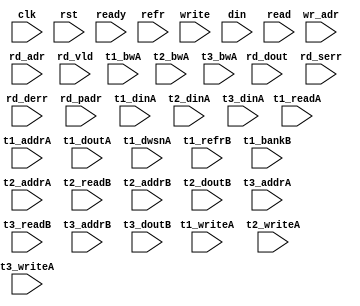
/*
 * Copyright (C) 2011 Memoir Systems Inc. These coded instructions, statements, and computer programs are
 * Confidential Proprietary Information of Memoir Systems Inc. and may not be disclosed to third parties
 * or copied in any form, in whole or in part, without the prior written consent of Memoir Systems Inc.
 * 
 * Generated File by Ipgen. Version: 3.1.UNKNOWN Date: Thu 2012.02.23 at 10:35:23 PM IST
 * */

module algo_1r1w_a23_sva_wrap
#(parameter IP_WIDTH = 32, parameter IP_BITWIDTH = 5, parameter IP_DECCBITS = 7, parameter IP_NUMADDR = 8192, parameter IP_BITADDR = 13, 
parameter IP_NUMVBNK = 4,	parameter IP_BITVBNK = 2, parameter IP_BITPBNK = 3,
parameter IP_ENAECC = 0, parameter IP_ENAPAR = 0, parameter IP_SECCBITS = 4, parameter IP_SECCDWIDTH = 3, 
parameter FLOPECC = 0, parameter FLOPIN = 0, parameter FLOPOUT = 0, parameter FLOPCMD = 0, parameter FLOPMEM = 0,
parameter IP_REFRESH = 1, parameter IP_REFFREQ = 6,  parameter IP_REFFRHF = 0,

parameter T1_WIDTH = 48, parameter T1_NUMVBNK = 4, parameter T1_BITVBNK = 2, parameter T1_DELAY = 2, parameter T1_NUMVROW = 8192, parameter T1_BITVROW = 13,
parameter T1_BITWSPF = 0, parameter T1_NUMWRDS = 2, parameter T1_BITWRDS = 1, parameter T1_NUMSROW = 4096, parameter T1_BITSROW = 12, parameter T1_PHYWDTH = 96,
parameter T1_NUMRBNK = 1, parameter T1_BITRBNK = 1, parameter T1_NUMRROW = 256, parameter T1_BITRROW = 8, parameter T1_NUMPROW = 8192, parameter T1_BITPROW = 13,
parameter T1_BITDWSN = 8, 
parameter T1_NUMDWS0 = 0, parameter T1_NUMDWS1 = 0, parameter T1_NUMDWS2 = 0, parameter T1_NUMDWS3 = 0,
parameter T1_NUMDWS4 = 0, parameter T1_NUMDWS5 = 0, parameter T1_NUMDWS6 = 0, parameter T1_NUMDWS7 = 0,
parameter T1_NUMDWS8 = 0, parameter T1_NUMDWS9 = 0, parameter T1_NUMDWS10 = 0, parameter T1_NUMDWS11 = 0,
parameter T1_NUMDWS12 = 0, parameter T1_NUMDWS13 = 0, parameter T1_NUMDWS14 = 0, parameter T1_NUMDWS15 = 0,
parameter T2_WIDTH = 10, parameter T2_NUMVBNK = 2, parameter T2_BITVBNK = 1, parameter T2_DELAY = 2, parameter T2_NUMVROW = 8192, parameter T2_BITVROW = 13,
parameter T2_BITWSPF = 0, parameter T2_NUMWRDS = 1, parameter T2_BITWRDS = 0, parameter T2_NUMSROW = 8192, parameter T2_BITSROW = 13, parameter T2_PHYWDTH = 10, 
parameter T3_WIDTH = 48, parameter T3_NUMVBNK = 1, parameter T3_BITVBNK = 1, parameter T3_DELAY = 2, parameter T3_NUMVROW = 8192, parameter T3_BITVROW = 13, 
parameter T3_BITWSPF = 0, parameter T3_NUMWRDS = 1, parameter T3_BITWRDS = 0, parameter T3_NUMSROW = 8192, parameter T3_BITSROW = 13, parameter T3_PHYWDTH = 48
)

		(clk, rst, ready, refr,
		 write, wr_adr, din,
		 read, rd_adr, rd_vld, rd_dout, rd_serr, rd_derr, rd_padr,
		 t1_readA, t1_writeA, t1_addrA, t1_bwA, t1_dinA, t1_doutA, t1_dwsnA, t1_refrB, t1_bankB,
		 t2_writeA, t2_addrA, t2_readB, t2_addrB, t2_bwA, t2_dinA, t2_doutB,
		 t3_writeA, t3_addrA, t3_readB, t3_addrB, t3_bwA, t3_dinA, t3_doutB);

  parameter WIDTH = IP_WIDTH;
  parameter BITWDTH = IP_BITWIDTH;
  parameter NUMADDR = IP_NUMADDR;
  parameter BITADDR = IP_BITADDR;
  parameter NUMVROW = T1_NUMVROW;   // ALGO Parameters
  parameter BITVROW = T1_BITVROW;
  parameter NUMVBNK = IP_NUMVBNK;
  parameter BITVBNK = IP_BITVBNK;
  parameter BITPBNK = IP_BITPBNK;
  parameter NUMWRDS = T1_NUMWRDS;   // ALIGN Parameters
  parameter BITWRDS = T1_BITWRDS;
  parameter NUMSROW = T1_NUMSROW;
  parameter BITSROW = T1_BITSROW;
  parameter BITPROW = T1_BITPROW;
  parameter REFRESH = IP_REFRESH;   // REFRESH Parameters
  parameter NUMRBNK = T1_NUMRBNK;
  parameter BITWSPF = T1_BITWSPF;
  parameter BITRBNK = T1_BITRBNK;
  parameter NUMRROW = T1_NUMRROW;
  parameter BITRROW = T1_BITRROW;
  parameter REFFREQ = IP_REFFREQ;
  parameter REFFRHF = IP_REFFRHF;
  parameter SRAM_DELAY = T2_DELAY;
  parameter DRAM_DELAY = T1_DELAY;
  parameter PHYWDTH = T1_PHYWDTH;
  parameter ECCBITS = IP_SECCBITS;
  
  parameter BITDWSN = T1_BITDWSN;		//DWSN Parameters
  parameter NUMDWS0 = T1_NUMDWS0;
  parameter NUMDWS1 = T1_NUMDWS1;
  parameter NUMDWS2 = T1_NUMDWS2;
  parameter NUMDWS3 = T1_NUMDWS3;
  parameter NUMDWS4 = T1_NUMDWS4;
  parameter NUMDWS5 = T1_NUMDWS5;
  parameter NUMDWS6 = T1_NUMDWS6;
  parameter NUMDWS7 = T1_NUMDWS7;
  parameter NUMDWS8 = T1_NUMDWS8;
  parameter NUMDWS9 = T1_NUMDWS9;
  parameter NUMDWS10 = T1_NUMDWS10;
  parameter NUMDWS11 = T1_NUMDWS11;
  parameter NUMDWS12 = T1_NUMDWS12;
  parameter NUMDWS13 = T1_NUMDWS13;
  parameter NUMDWS14 = T1_NUMDWS14;
  parameter NUMDWS15 = T1_NUMDWS15;

  parameter BITPADR = BITPBNK+BITSROW+BITWRDS+1;
  parameter SDOUT_WIDTH = 2*(BITVBNK+1)+ECCBITS;
  
  input                                refr;
  
  input                                write;
  input [BITADDR-1:0]                  wr_adr;
  input [WIDTH-1:0]                    din;

  input                                read;
  input [BITADDR-1:0]                  rd_adr;
  input                               rd_vld;
  input [WIDTH-1:0]                   rd_dout;
  input                               rd_serr;
  input                               rd_derr;
  input [BITPADR-1:0]                 rd_padr;

  input                               ready;
  input                                clk, rst;

  input [NUMVBNK-1:0] t1_readA;
  input [NUMVBNK-1:0] t1_writeA;
  input [NUMVBNK*BITSROW-1:0] t1_addrA;
  input [NUMVBNK*PHYWDTH-1:0] t1_bwA;
  input [NUMVBNK*PHYWDTH-1:0] t1_dinA;
  input  [NUMVBNK*PHYWDTH-1:0] t1_doutA;
  input [NUMVBNK*BITDWSN-1:0] t1_dwsnA;

  input [NUMVBNK-1:0] t1_refrB;
  input [NUMVBNK*BITRBNK-1:0] t1_bankB;

  input [2-1:0] t2_writeA;
  input [2*BITVROW-1:0] t2_addrA;
  input [2*SDOUT_WIDTH-1:0] t2_bwA;
  input [2*SDOUT_WIDTH-1:0] t2_dinA;

  input [2-1:0] t2_readB;
  input [2*BITVROW-1:0] t2_addrB;
  input [2*SDOUT_WIDTH-1:0] t2_doutB;

  input [1-1:0] t3_writeA;
  input [1*BITVROW-1:0] t3_addrA;
  input [1*WIDTH-1:0] t3_bwA;
  input [1*WIDTH-1:0] t3_dinA;

  input [1-1:0] t3_readB;
  input [1*BITVROW-1:0] t3_addrB;
  input [1*WIDTH-1:0] t3_doutB;

endmodule